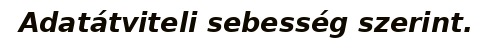
Adatátviteli sebesség szerint.